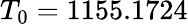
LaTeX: T_{0}=1155.1724